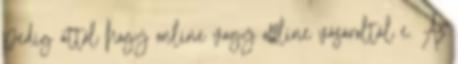
pedig attól hogy online vagy offline vásároltál e. Az